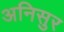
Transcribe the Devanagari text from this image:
अनिसुर